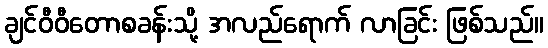
ချင်ဝီဝီတောစခန်းသို့ အလည်ရောက် လာခြင်း ဖြစ်သည်။